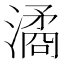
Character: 潏